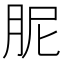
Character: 胒